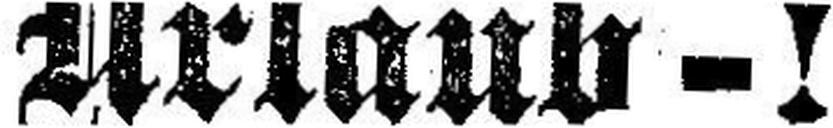
Urlaub - !